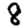
Digit: 8